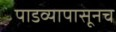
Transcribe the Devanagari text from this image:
पाडव्यापासूनच